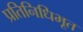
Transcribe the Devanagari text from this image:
प्रतिनिधिभूत